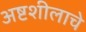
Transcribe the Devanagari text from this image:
अष्टशीलाचे